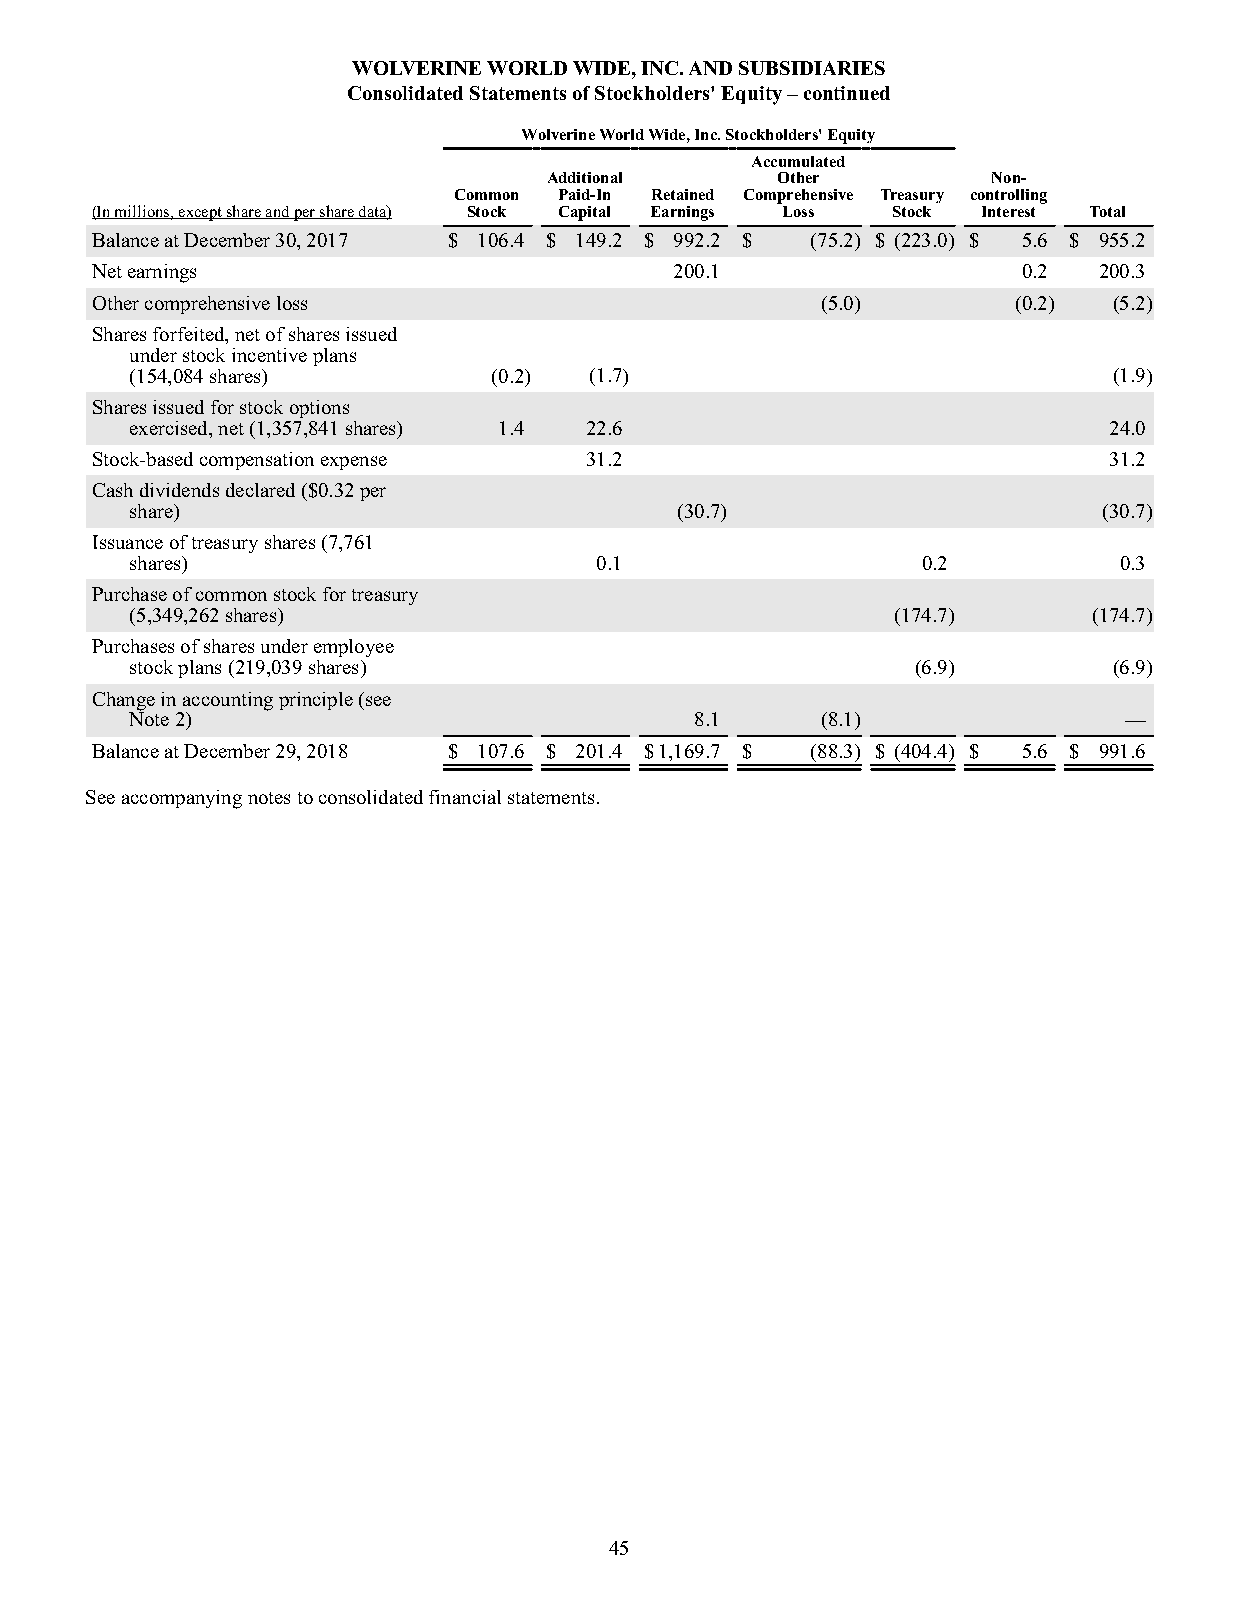
WOLVERINE WORLD WIDE, INC. AND SUBSIDIARIES
 Consolidated Statements of Stockholders' Equity – continued
 Wolverine World Wide, Inc. Stockholders' Equity
 Accumulated
 Additional     Other          Non-
 Common Paid-In Retained Comprehensive Treasury controlling
 (In millions, except share and per share data) Stock Capital Earnings Loss Stock Interest Total
 Balance at December 30, 2017 $ 106.4 $ 149.2 $ 992.2 $ (75.2) $ (223.0) $ 5.6 $ 955.2
 Net earnings                           200.1                  0.2  200.3
 Other comprehensive loss                        (5.0)        (0.2)  (5.2)
 Shares forfeited, net of shares issued
 under stock incentive plans
 (154,084 shares)        (0.2) (1.7)                              (1.9)
 Shares issued for stock options
 exercised, net (1,357,841 shares) 1.4 22.6                      24.0
 Stock-based compensation expense 31.2                              31.2
 Cash dividends declared ($0.32 per
 share)                              (30.7)                      (30.7)
 Issuance of treasury shares (7,761
 shares)                       0.1                   0.2          0.3
 Purchase of common stock for treasury
 (5,349,262 shares)                                (174.7)      (174.7)
 Purchases of shares under employee
 stock plans (219,039 shares)                        (6.9)        (6.9)
 Change in accounting principle (see
 Note 2)                              8.1     (8.1)               —
 Balance at December 29, 2018 $ 107.6 $ 201.4 $1,169.7 $ (88.3) $ (404.4) $ 5.6 $ 991.6
 See accompanying notes to consolidated financial statements.
 45